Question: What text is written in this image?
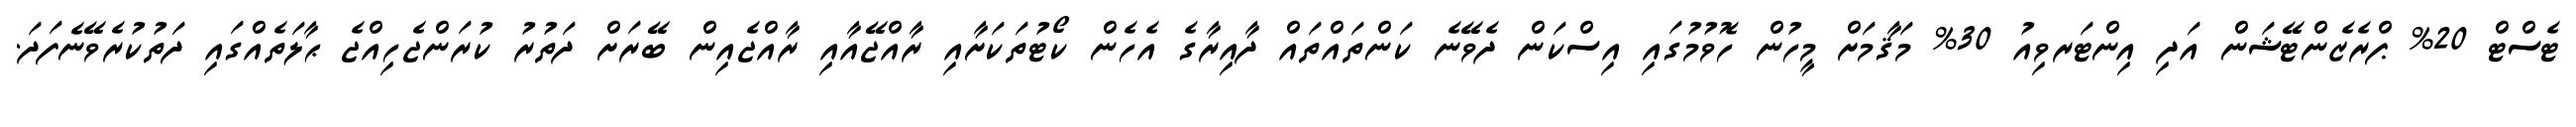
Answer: ޓެސްޓް 20% ޕްރެޒެންޓޭޝަން އަދި އިންޓަރވިއު 30% މަޤާމަށް މީހުން ހޮވުމުގައި އިސްކަން ދެވޭނެ ކަންތައްތައް ދާއިރާގެ އެހެން ކޯޓުތަކަށާއި ރާއްޖޭއާއި ރާއްޖެއިން ބޭރަށް ދަތުރު ކުރަންޖެހިއްޖެ ޙާލަތެއްގައި ދަތުކުރެވޭނެފަދަ.